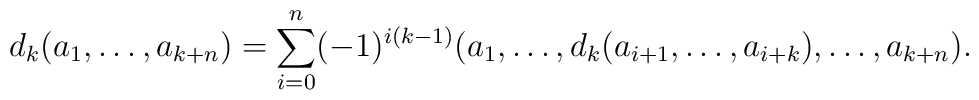
d_k(a_1, \ldots, a_{k+n}) = \sum_{i=0}^{n}  (-1)^{i(k-1)}(a_1, \ldots, d_k(a_{i+1}, \ldots, a_{i+k}), \ldots, a_{k+n}).